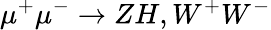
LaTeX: \mu^{+}\mu^{-}\to ZH,W^{+}W^{-}